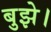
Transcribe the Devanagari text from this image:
बुझे।